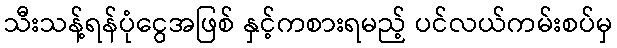
သီးသန့်ရန်ပုံငွေအဖြစ် နှင့်ကစားရမည့် ပင်လယ်ကမ်းစပ်မှ